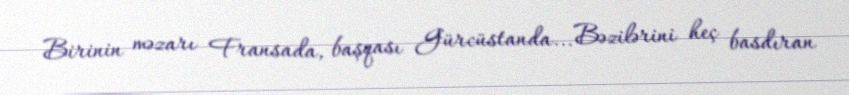
Birinin məzarı Fransada, başqası Gürcüstanda... Bəzilərini heç basdıran